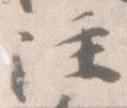
注